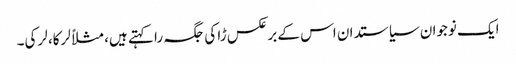
ایک نوجوان سیاستدان اس کے برعکس ڑا کی جگہ را کہتے ہیں، مثلاً لرکا، لرکی۔